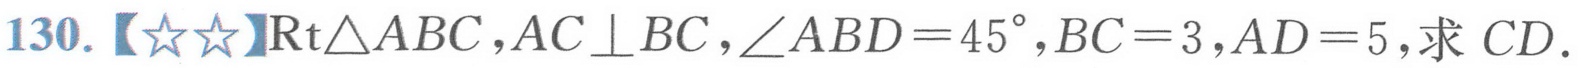
130.【\(☆☆\)】\(\text{Rt}\triangle ABC\)，\(AC\perp BC\)，\(\angle ABD = 45^{\circ}\)，\(BC = 3\)，\(AD = 5\)，求 \(CD\).